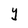
Character: Y